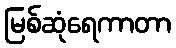
မြစ်ဆုံရေကာတာ